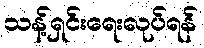
သန့်ရှင်းရေးလုပ်ရန်